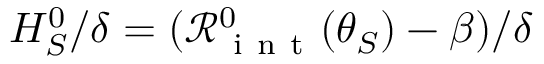
H _ { S } ^ { 0 } / \delta = ( \mathcal { R } _ { \mathrm { ~ i ~ n ~ t ~ } } ^ { 0 } ( \theta _ { S } ) - \beta ) / \delta